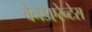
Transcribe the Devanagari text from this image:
बेनडेएरेन्टेस